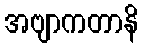
အဗျာကတာနိ